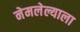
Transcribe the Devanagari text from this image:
नेमलेल्याला